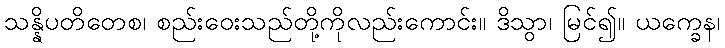
သန္နိပတိတေစ၊ စည်းဝေးသည်တို့ကိုလည်းကောင်း။ ဒိသွာ၊ မြင်၍။ ယက္ခေန၊